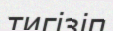
тигізіп